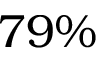
7 9 \%